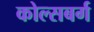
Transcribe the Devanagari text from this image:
कोल्सबर्ग